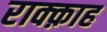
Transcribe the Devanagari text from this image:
राक्क़ाह